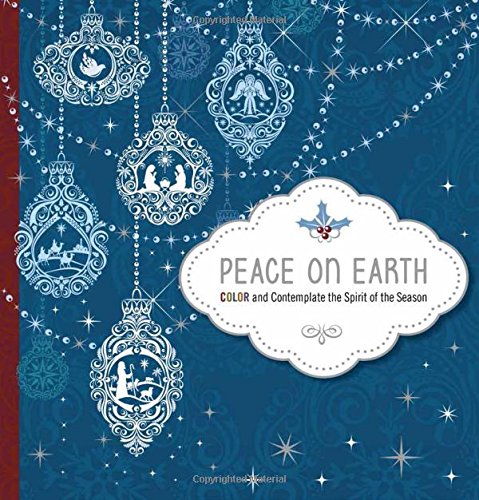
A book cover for Peace on Earth; Passio Faith; Arts & Photography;